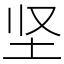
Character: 坚